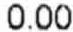
0.00